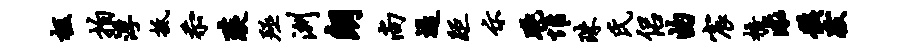
柩拍浮抵忝琰殛洲朗尚堤距示眺惟珠氏侣曲宸梧渌骸跋